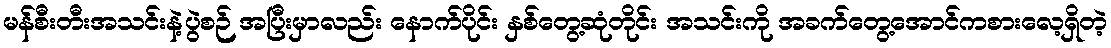
မန်စီးတီးအသင်းနဲ့ပွဲစဉ် အပြီးမှာလည်း နောက်ပိုင်း နှစ်တွေ့ဆုံတိုင်း အသင်းကို အခက်တွေ့အောင်ကစားလေ့ရှိတဲ့